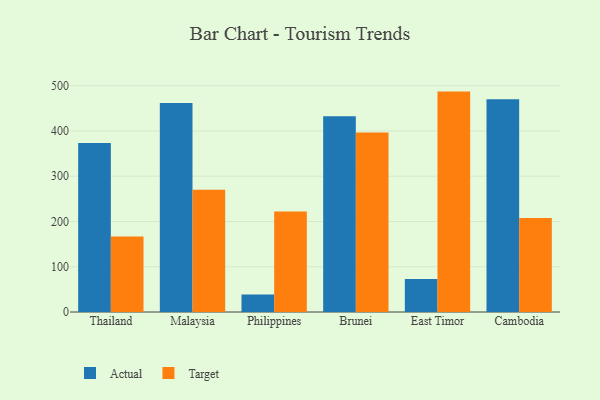
{"axis": {"x": "Country", "y": "Temperature (°C)"}, "legend": ["Actual", "Target"], "data": [{"x": "Thailand", "y": 373.3, "type": "Actual"}, {"x": "Thailand", "y": 166.8, "type": "Target"}, {"x": "Malaysia", "y": 461.6, "type": "Actual"}, {"x": "Malaysia", "y": 269.9, "type": "Target"}, {"x": "Philippines", "y": 38.5, "type": "Actual"}, {"x": "Philippines", "y": 221.8, "type": "Target"}, {"x": "Brunei", "y": 432.8, "type": "Actual"}, {"x": "Brunei", "y": 396.8, "type": "Target"}, {"x": "East Timor", "y": 73.1, "type": "Actual"}, {"x": "East Timor", "y": 487.0, "type": "Target"}, {"x": "Cambodia", "y": 470.3, "type": "Actual"}, {"x": "Cambodia", "y": 207.6, "type": "Target"}]}